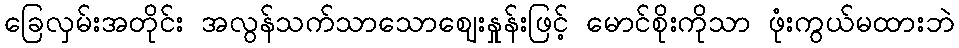
ခြေလှမ်းအတိုင်း အလွန်သက်သာသောဈေးနှုန်းဖြင့် မောင်စိုးကိုသာ ဖုံးကွယ်မထားဘဲ